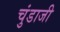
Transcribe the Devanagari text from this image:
चुंडाजी